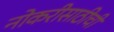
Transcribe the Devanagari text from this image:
नोकरीसाठीची